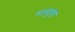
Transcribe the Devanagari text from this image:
मालडुंगा